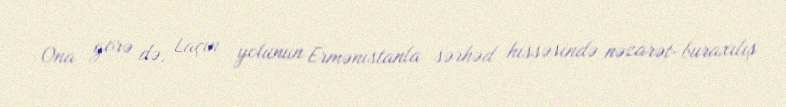
Ona görə də, Laçın yolunun Ermənistanla sərhəd hissəsində nəzarət-buraxılış